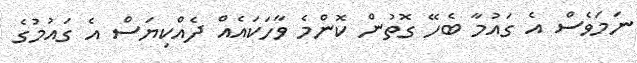
ނަމަވެސް އެ ގައުމާ ބެހޭ ގޮތުން ކޮންމެ ވާހަކައެއް ދެއްކިޔަސް އެ ގައުމުގެ